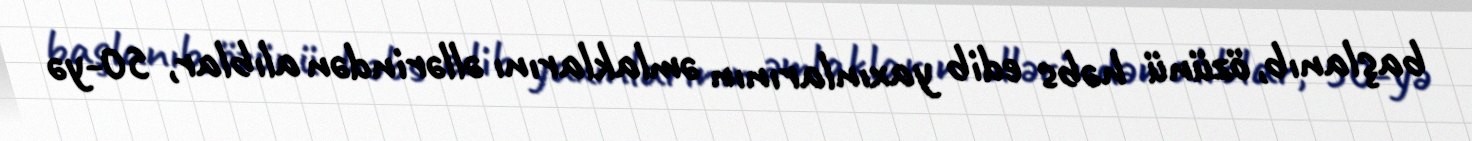
başlanıb, özünü həbs edib yaxınlarının əmlaklarını əllərindən alıblar, 50-yə